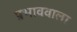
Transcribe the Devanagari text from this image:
प्रभाववाला